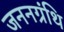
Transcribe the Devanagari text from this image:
जननग्रंथि